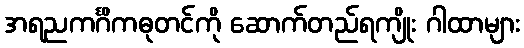
အရညကင်္ဂိကဓုတင်ကို ဆောက်တည်ရကျိုး ဂါထာများ